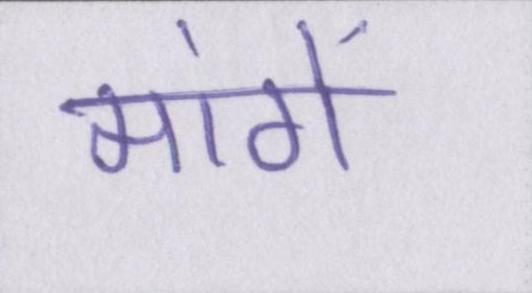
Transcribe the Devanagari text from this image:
मांगें